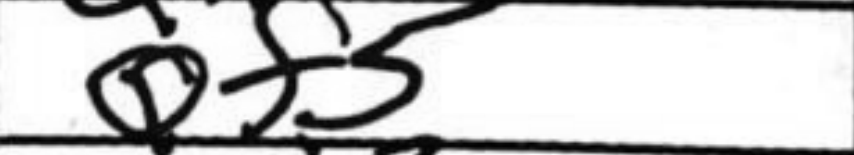
Transcription: Qf5